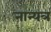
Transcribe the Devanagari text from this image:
नान्यत्र